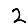
Digit: 2